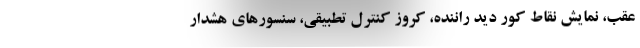
عقب، نمایش نقاط کور دید راننده، کروز کنترل تطبیقی، سنسورهای هشدار